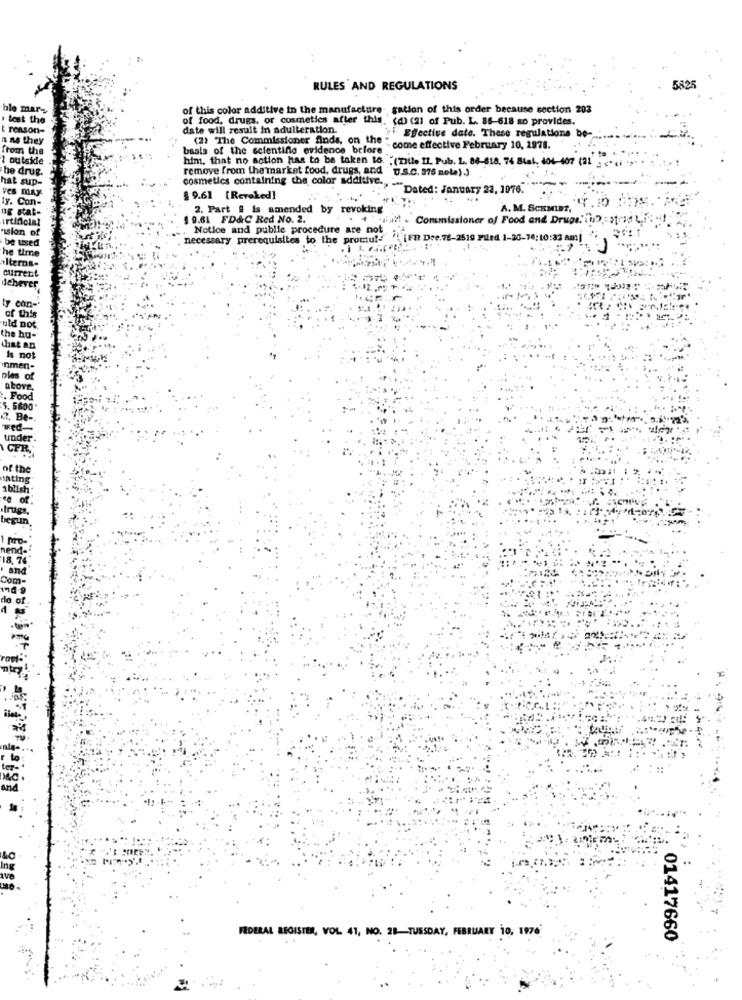
. .
RULES AND REGULATIONS
5825
ble mar-
of this color additive in the manufacture. gation of this order because section 203
. lost the
of food, drugs, or cosmetics after this. (d) (2) of Pub. L. 85-618 so provides.
reason-
date will result in adulteration.
n ns they
"i. Effective date. These regulations be-
from the
baals of the scientino evidence before .
(2) The Commissioner ands, on the " come effective February 10, 1978.
1 outside
him, that no action has to be taken to. "(zille Il. Pub. L. 88-618. 74 Stal, 404-407 (21"
he drug.
remove from the market food, drugs, and "u.S.C. 976 note).)
hat sup-
cosmetics containing the color additive.
ves may
"Dated: January 23, 1076."
1y. Con-
$9.61 [Revoked]
ug stat-
2. Part . is amended by revoking
A. M. SCHMIDT,
irtidolal
19.61 FD&C Red No. 2.
Con
sioner of Food and Druge: \u? : $tris
vision of
Notice and public procedure are not
necessary prerequisites to the promul-
(FR Dee.78-2510 Filed 1-20-76:10:32 Am]
be used
he time
alterna-
current
lehever
ty con-
of this
uld not
the hu-
that an
Is not
nmen-
ples of
above.
. Food
5. 5600
2. Be-
wed-
under
CFR,
of the
tating
1blish
·trugs.
begun
nend-
8, 74
and
Com-
de
FEDERAL REGISTER, VOL 41, NO. 28-TUESDAY, FEBRUARY 10, 1976;
01417660